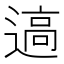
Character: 𰻊